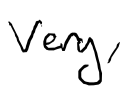
Text: Very,
Cross-out: clean
Writing tool: digital_black